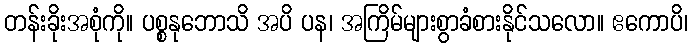
တန်းခိုးအစုံကို။ ပစ္စနုဘောသိ အပိ ပန၊ အကြိမ်များစွာခံစားနိုင်သလော။ ဧကောပိ၊